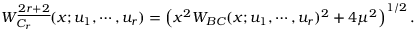
W _ { C _ { r } } ^ { \underline { { { 2 r + 2 } } } } ( x ; u _ { 1 } , \cdots , u _ { r } ) = \left( x ^ { 2 } W _ { B C } ( x ; u _ { 1 } , \cdots , u _ { r } ) ^ { 2 } + 4 \mu ^ { 2 } \right) ^ { 1 / 2 } .